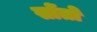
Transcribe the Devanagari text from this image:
सोंतो